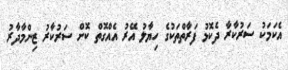
އެކަމަކު ސަރުކާރާ ދެކޮޅު ފަރާތްތަކުގެ ހިޔާލު އޭރު އެއްގޮތް ކޮށް ސަރުކާރު ޒިންމާދާރު